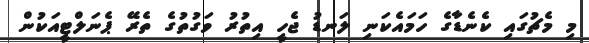
މި މެޗުގައި ކެނެޑާގެ ހަމައެކަނި ލަނޑު ޖެހީ އިތުރު ވަގުތުގެ ތެރޭ ޕެނަލްޓީއަކުން